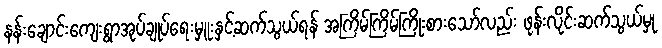
နန်းချောင်းကျေးရွာအုပ်ချုပ်ရေးမှူးနှင့်ဆက်သွယ်ရန် အကြိမ်ကြိမ်ကြိုးစားသော်လည်း ဖုန်းလိုင်းဆက်သွယ်မှု